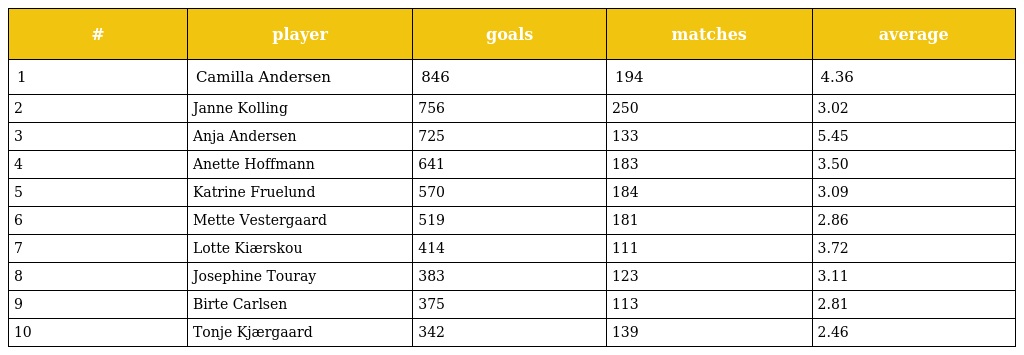
| # | player | goals | matches | average |
 | --- | --- | --- | --- | --- |
 | 1 | Camilla Andersen | 846 | 194 | 4.36 |
 | 2 | Janne Kolling | 756 | 250 | 3.02 |
 | 3 | Anja Andersen | 725 | 133 | 5.45 |
 | 4 | Anette Hoffmann | 641 | 183 | 3.50 |
 | 5 | Katrine Fruelund | 570 | 184 | 3.09 |
 | 6 | Mette Vestergaard | 519 | 181 | 2.86 |
 | 7 | Lotte Kiærskou | 414 | 111 | 3.72 |
 | 8 | Josephine Touray | 383 | 123 | 3.11 |
 | 9 | Birte Carlsen | 375 | 113 | 2.81 |
 | 10 | Tonje Kjærgaard | 342 | 139 | 2.46 |